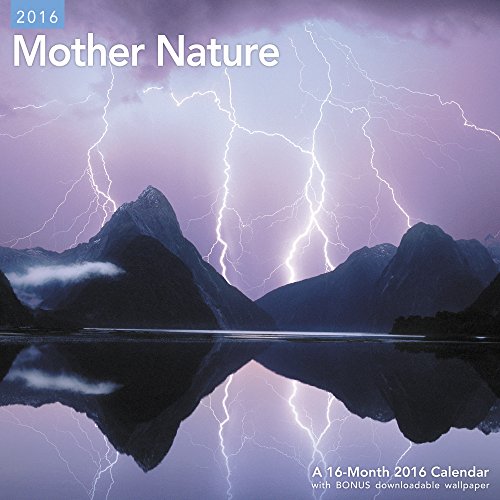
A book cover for Mother Nature Wall Calendar (2016); Mead; Calendars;